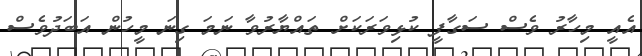
އެއީ މިހާރު ވެސް ސަގާފީ ކުޅިވަރަކަށް ތައްޔާރުވާ ނަމަ ގިނަ މީހުން އަބަދުވެސް